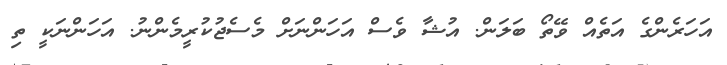
އަހަރެންގެ އަތެއް ވޭތޯ ބަލަން. އުޝާ ވެސް އަހަންނަށް މެސެޖުކުރީމެންނު. އަހަންނަކީ ތި